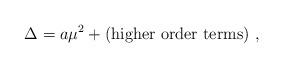
LaTeX: \begin{align*}\Delta = a \mu^2 + ({\rm higher\ order\ terms}) \ , \end{align*}